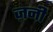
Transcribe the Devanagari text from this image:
ज़नी